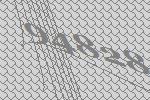
94828